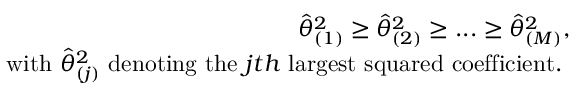
\begin{array} { r } { \widehat { \theta } _ { ( 1 ) } ^ { 2 } \geq \widehat { \theta } _ { ( 2 ) } ^ { 2 } \geq . . . \geq \widehat { \theta } _ { ( M ) } ^ { 2 } , } \\ { \mathrm { ~ w i t h ~ } \widehat { \theta } _ { ( j ) } ^ { 2 } \mathrm { ~ d e n o t i n g ~ t h e ~ } j t h \mathrm { ~ l a r g e s t ~ s q u a r e d ~ c o e f f i c i e n t . ~ } } \end{array}